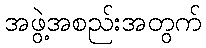
အဖွဲ့အစည်းအတွက်